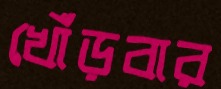
খোঁড়বার